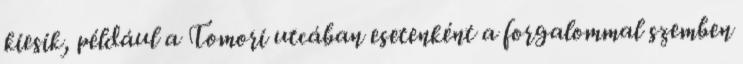
kiesik, például a Tomori utcában esetenként a forgalommal szemben